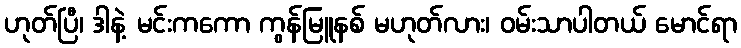
ဟုတ်ပြီ၊ ဒါနဲ့ မင်းကကော ကွန်မြူနစ် မဟုတ်လား၊ ဝမ်းသာပါတယ် မောင်ရာ